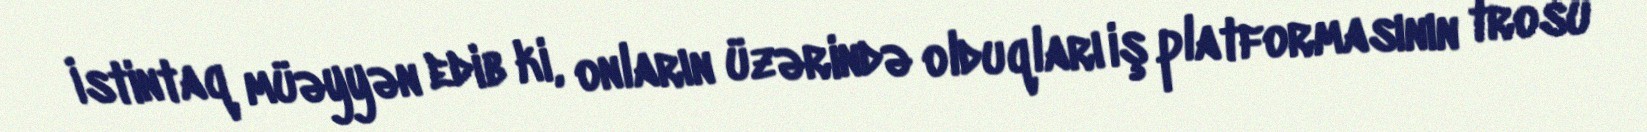
İstintaq müəyyən edib ki, onların üzərində olduqları iş platformasının trosu